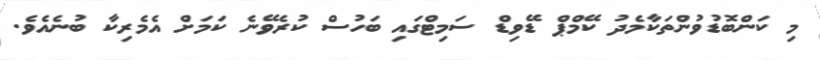
މި ކަންބޮޑުވުންތަކާމެދު ކޭމްޕް ޑޭވިޑް ސަމިޓްގައި ބަހުސް ކުރެވޭނެ ކަމަށް އެމެރިކާ ބުނެއެވެ.